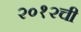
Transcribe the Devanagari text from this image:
२०१२ची